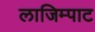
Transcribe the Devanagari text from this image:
लाजिम्पाट